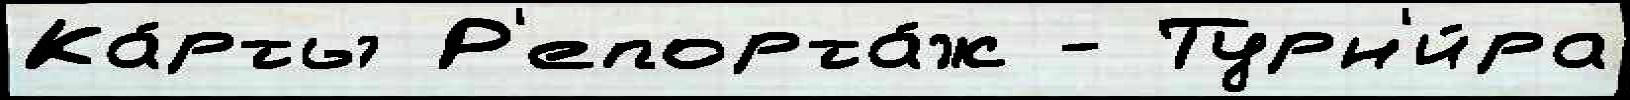
Ка́рты Р'епорта́ж - Турн'и́ра